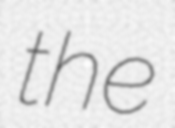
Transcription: the